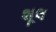
શૂલ